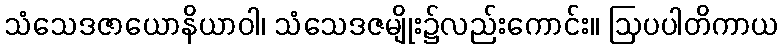
သံသေဒဇာယောနိယာဝါ၊ သံသေဒဇမျိုး၌လည်းကောင်း။ ဩပပါတိကာယ